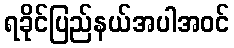
ရခိုင်ပြည်နယ်အပါအဝင်